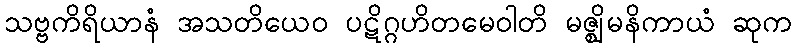
သဗ္ဗကိရိယာနံ အသတိယေဝ ပဋိဂ္ဂဟိတမေဝါတိ မဇ္ဈိမနိကာယံ ဆုက